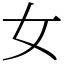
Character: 女